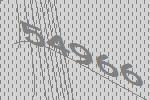
54966